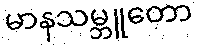
မာနသမ္ဘူတော